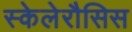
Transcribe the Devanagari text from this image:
स्केलेरौसिस